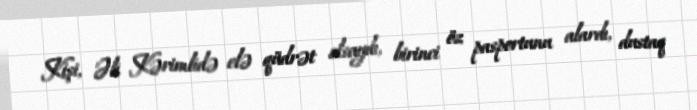
Kişi, Əli Kərimlidə elə qüdrət olsaydı, birinci öz pasportunu alardı, dustaq